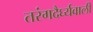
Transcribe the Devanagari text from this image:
तरंगदैर्घ्यवाली